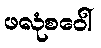
ဖလုံစဝေါ်